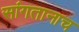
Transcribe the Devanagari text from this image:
सांगतानाच